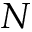
N